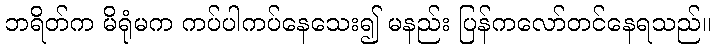
ဘရိတ်က မိရုံမက ကပ်ပါကပ်နေသေး၍ မနည်း ပြန်ကလော်တင်နေရသည်။